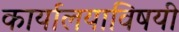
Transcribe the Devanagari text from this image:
कार्यालयाविषयी